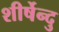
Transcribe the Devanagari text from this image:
शीर्षेन्दु